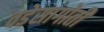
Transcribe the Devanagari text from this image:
वडेसागोती